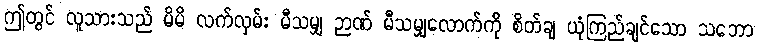
ဤတွင် လူသားသည် မိမိ လက်လှမ်း မီသမျှ ဉာဏ် မီသမျှလောက်ကို စိတ်ချ ယုံကြည်ချင်သော သဘော